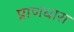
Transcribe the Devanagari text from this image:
प्राणधारा